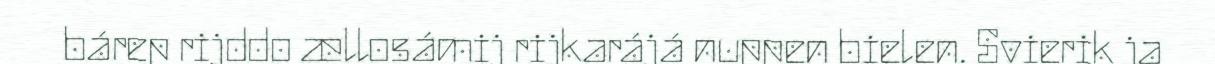
bárep rijddo ællosámij rijkarájá nuppen bielen. Svierik ja